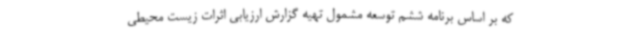
که بر اساس برنامه ششم توسعه مشمول تهیه گزارش ارزیابی اثرات زیست محیطی